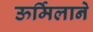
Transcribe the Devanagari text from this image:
ऊर्मिलाने